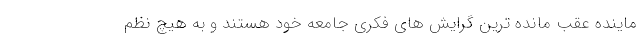
ماينده عقب مانده ترين گرايش هاي فكري جامعه خود هستند و به هيچ نظم